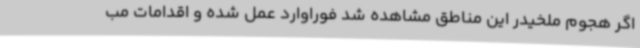
اگر هجوم ملخیدر این مناطق مشاهده شد فوراوارد عمل شده و اقدامات مب